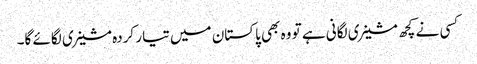
کسی نے کچھ مشینری لگانی ہے تو وہ بھی پاکستان میں تیار کردہ مشینری لگائے گا۔